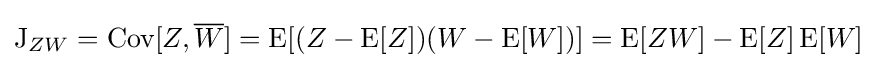
\operatorname {J} _{ZW}=\operatorname {Cov} [Z,{\overline {W}}]=\operatorname {E} [(Z-\operatorname {E} [Z])(W-\operatorname {E} [W])]=\operatorname {E} [ZW]-\operatorname {E} [Z]\operatorname {E} [W]